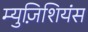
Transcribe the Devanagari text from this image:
म्युज़िशियंस